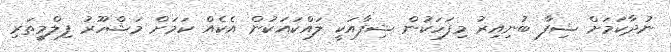
ނުދާކަމަށް ޝިފާ ބުނިއިރު މިފަހަކުން ޝިފާއަކީ ލައްކައަކުން އެކެއް ކަމަށް މަޝްހޫރު ފިލްމީތަރި